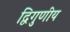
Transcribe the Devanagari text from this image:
द्विगुणीय